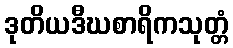
ဒုတိယဒီဃစာရိကသုတ္တံ